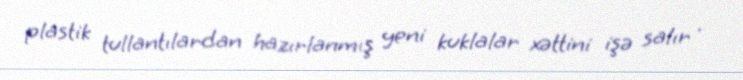
plastik tullantılardan hazırlanmış yeni kuklalar xəttini işə salır .